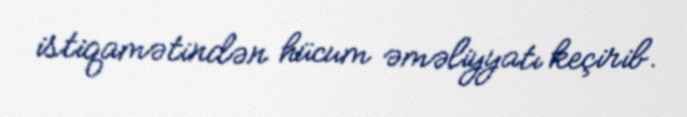
istiqamətindən hücum əməliyyatı keçirib.